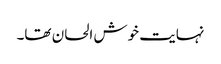
نہایت خوش الحان تھا۔